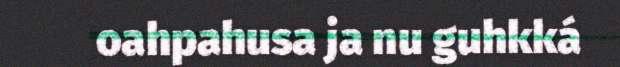
oahpahusa ja nu guhkká